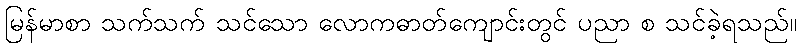
မြန်မာစာ သက်သက် သင်သော လောကဓာတ်ကျောင်းတွင် ပညာ စ သင်ခဲ့ရသည်။